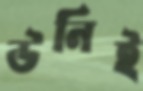
উনিই